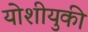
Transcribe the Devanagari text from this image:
योशीयुकी